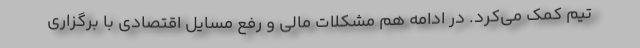
تیم کمک می‌کرد. در ادامه هم مشکلات مالی و رفع مسایل اقتصادی با برگزاری